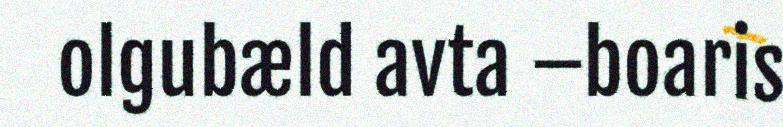
olgubæld avta –boaris